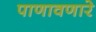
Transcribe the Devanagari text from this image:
पाणावणारे